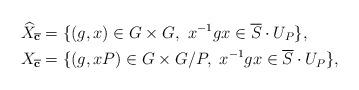
LaTeX: \begin{align*}& \widehat{X}_{\overline{\mathbf{c}}}=\{(g,x) \in G \times G, \,\, x^{-1}g x \in \overline{S} \cdot U_P \}, \\& X_{\overline{\mathbf{c}}}=\{(g,xP) \in G \times G/P, \,\, x^{-1}g x \in \overline{S} \cdot U_P \},\end{align*}